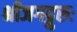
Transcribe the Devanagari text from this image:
श्रीजगद्गुरुः